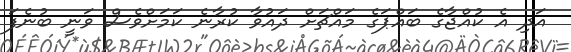
އަދި އެ ކުއްޖާގެ ބައްޕަގެ މައްޗަށް ދައުވާ ކުރާނެ ކަމަށްވެސް ވަނީ ބުނެފަ